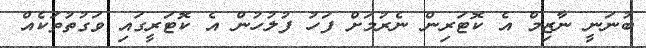
ބުނަނީ ނާޒިމް އެ ކޮޓަރިން ނެރުމަށް ފަހު ފުލުހުން އެ ކޮޓަރީގައި ވަގުތުތަކެއް